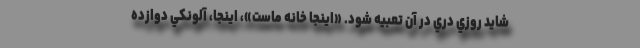
شايد روزي دري در آن تعبيه شود. «اينجا خانه ماست»، اينجا، آلونكي دوازده